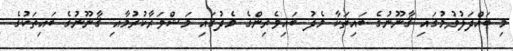
މި ބައްދަލުވުމުގައި ޤާނޫނުގެ ބައިތަކާ މެދު ބައިވެރިންގެ މެދުގައި މަޝްވަރާކުރުމާއި ޤާނޫނުގެ ބައިތަކުގެ